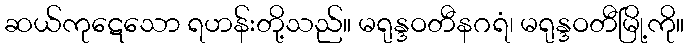
ဆယ်ကုဋေသော ရဟန်းတို့သည်။ မရုန္ဒဝတီနဂရံ၊ မရုန္ဒဝတီမြို့ကို။